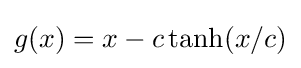
g(x)=x-c\tanh(x/c)